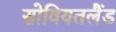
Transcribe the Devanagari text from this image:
सोवियतलैंड